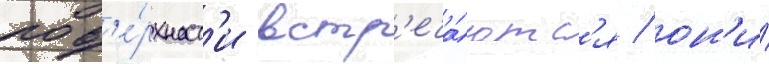
пов'е́рхност'и встр'еча́ютс'я / он'и́